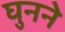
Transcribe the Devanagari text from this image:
घुनने